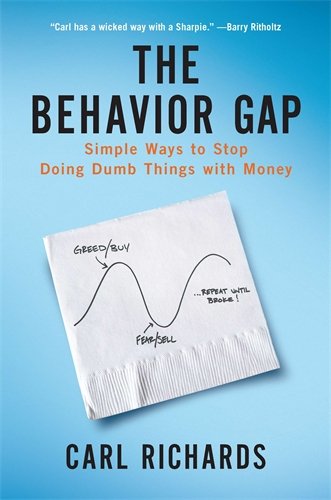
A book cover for The Behavior Gap: Simple Ways to Stop Doing Dumb Things with Money; Carl Richards; Business & Money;